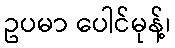
ဥပမာ ပေါင်မုန့်၊